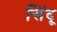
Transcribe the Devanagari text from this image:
सिंदू